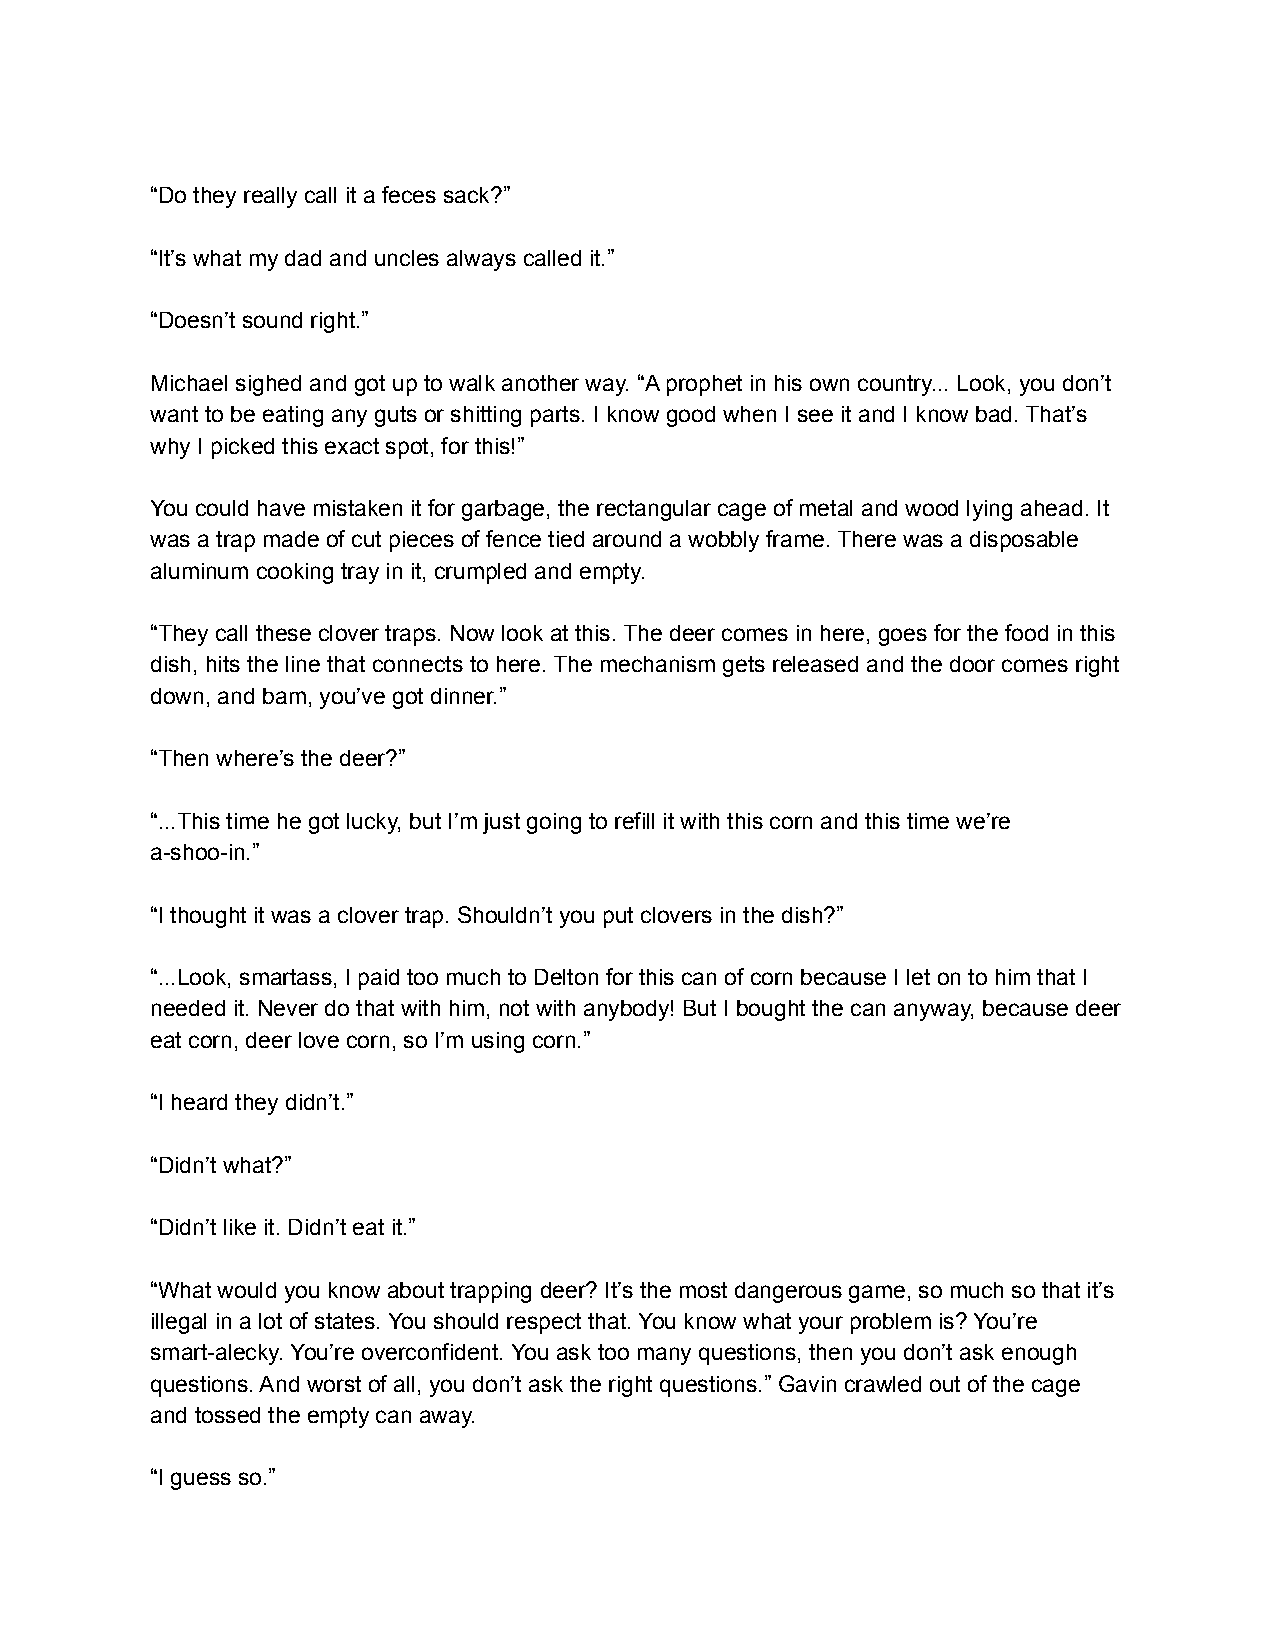
“Do they really call it a feces sack?”
 “It’s what my dad and uncles always called it.”
 “Doesn’t sound right.”
 Michael sighed and got up to walk another way. “A prophet in his own country... Look, you don’t
 want to be eating any guts or shitting parts. I know good when I see it and I know bad. That’s
 why I picked this exact spot, for this!”
 You could have mistaken it for garbage, the rectangular cage of metal and wood lying ahead. It
 was a trap made of cut pieces of fence tied around a wobbly frame. There was a disposable
 aluminum cooking tray in it, crumpled and empty.
 “They call these clover traps. Now look at this. The deer comes in here, goes for the food in this
 dish, hits the line that connects to here. The mechanism gets released and the door comes right
 down, and bam, you’ve got dinner.”
 “Then where’s the deer?”
 “...This time he got lucky, but I’m just going to refill it with this corn and this time we’re
 a-shoo-in.”
 “I thought it was a clover trap. Shouldn’t you put clovers in the dish?”
 “...Look, smartass, I paid too much to Delton for this can of corn because I let on to him that I
 needed it. Never do that with him, not with anybody! But I bought the can anyway, because deer
 eat corn, deer love corn, so I’m using corn.”
 “I heard they didn’t.”
 “Didn’t what?”
 “Didn’t like it. Didn’t eat it.”
 “What would you know about trapping deer? It’s the most dangerous game, so much so that it’s
 illegal in a lot of states. You should respect that. You know what your problem is? You’re
 smart-alecky. You’re overconfident. You ask too many questions, then you don’t ask enough
 questions. And worst of all, you don’t ask the right questions.” Gavin crawled out of the cage
 and tossed the empty can away.
 “I guess so.”